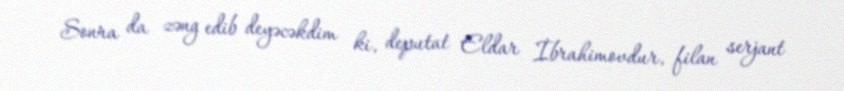
Sonra da zəng edib deyəcəkdim ki, deputat Eldar İbrahimovdur, filan serjant